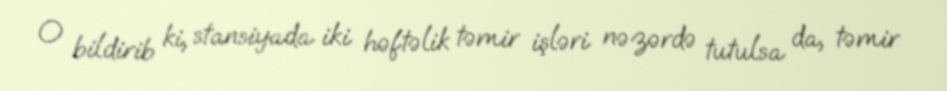
O bildirib ki, stansiyada iki həftəlik təmir işləri nəzərdə tutulsa da, təmir